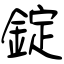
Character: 錠